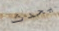
يحدث